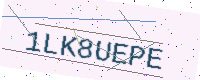
Text: 1LK8UEPE